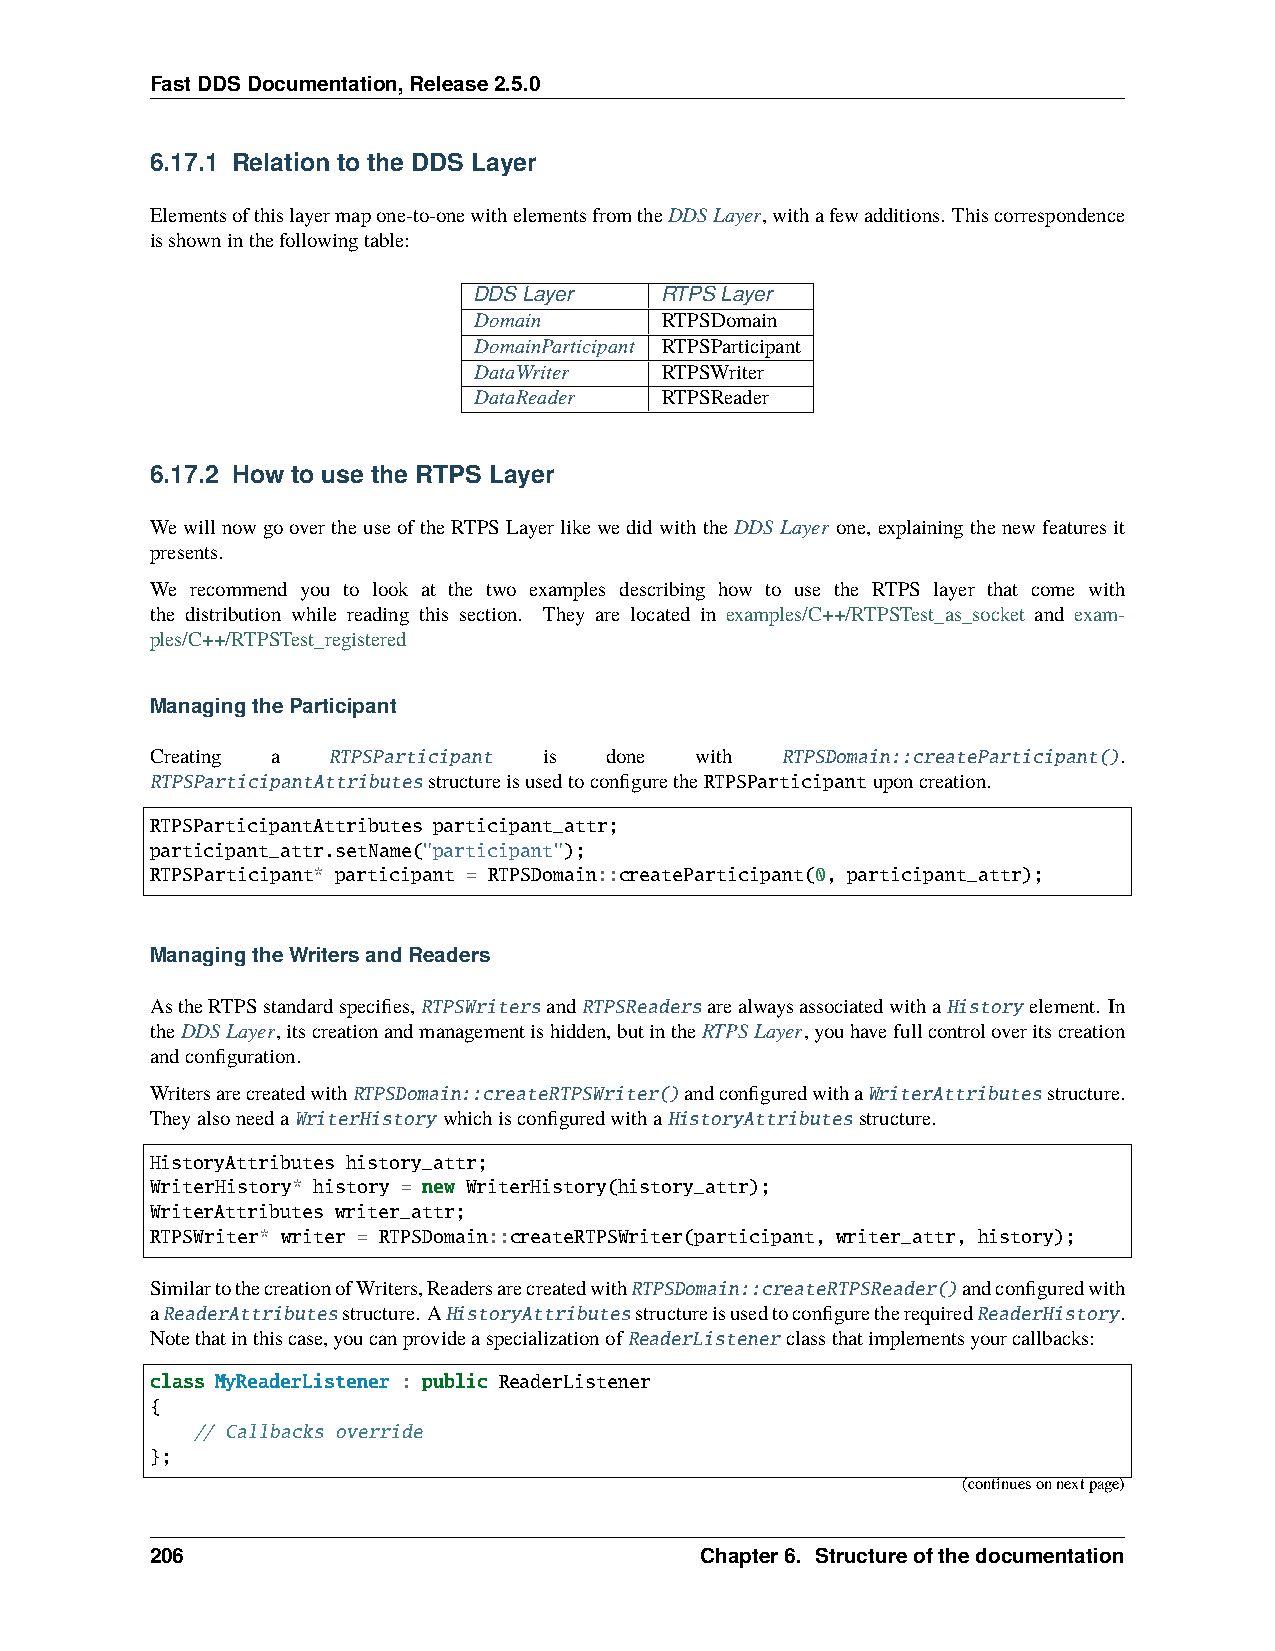
FastDDSDocumentation,Release2.5.0
 6.17.1 Relation to the DDS Layer
 Elementsofthislayermapone-to-onewithelementsfromtheDDSLayer,withafewadditions. Thiscorrespondence
 isshowninthefollowingtable:
 DDSLayer     RTPSLayer
 Domain       RTPSDomain
 DomainParticipant RTPSParticipant
 DataWriter   RTPSWriter
 DataReader   RTPSReader
 6.17.2 How to use the RTPS Layer
 WewillnowgoovertheuseoftheRTPSLayerlikewedidwiththeDDSLayer one, explainingthenewfeaturesit
 presents.
 We recommend you to look at the two examples describing how to use the RTPS layer that come with
 the distribution while reading this section. They are located in examples/C++/RTPSTest_as_socket and exam-
 ples/C++/RTPSTest_registered
 ManagingtheParticipant
 Creating a  RTPSParticipant is done with  RTPSDomain::createParticipant().
 RTPSParticipantAttributesstructureisusedtoconfiguretheRTPSParticipantuponcreation.
 RTPSParticipantAttributes participant_attr;
 participant_attr.setName("participant");
 RTPSParticipant* participant = RTPSDomain::createParticipant(0, participant_attr);
 ManagingtheWritersandReaders
 AstheRTPSstandardspecifies,RTPSWritersandRTPSReadersarealwaysassociatedwithaHistory element. In
 theDDSLayer,itscreationandmanagementishidden,butintheRTPSLayer,youhavefullcontroloveritscreation
 andconfiguration.
 WritersarecreatedwithRTPSDomain::createRTPSWriter()andconfiguredwithaWriterAttributesstructure.
 TheyalsoneedaWriterHistory whichisconfiguredwithaHistoryAttributesstructure.
 HistoryAttributes history_attr;
 WriterHistory* history = new WriterHistory(history_attr);
 WriterAttributes writer_attr;
 RTPSWriter* writer = RTPSDomain::createRTPSWriter(participant, writer_attr, history);
 SimilartothecreationofWriters,ReadersarecreatedwithRTPSDomain::createRTPSReader()andconfiguredwith
 aReaderAttributesstructure. AHistoryAttributesstructureisusedtoconfiguretherequiredReaderHistory.
 Notethatinthiscase,youcanprovideaspecializationofReaderListenerclassthatimplementsyourcallbacks:
 class MyReaderListener : public ReaderListener
 {
 // Callbacks override
 };
 (continuesonnextpage)
 206                                 Chapter6. Structureofthedocumentation